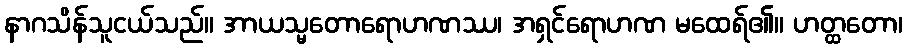
နာဂသိန်သူငယ်သည်။ အာယသ္မတောရောဟဏဿ၊ အရှင်ရောဟဏ မထေရ်၏။ ဟတ္ထတော၊